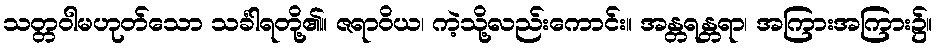
သတ္တဝါမဟုတ်သော သင်္ခါရတို့၏။ ဇရာဝိယ၊ ကဲ့သို့လည်းကောင်း။ အန္တရန္တရာ၊ အကြားအကြား၌။